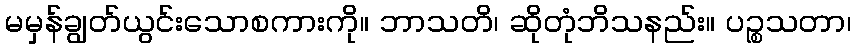
မမှန်ချွတ်ယွင်းသောစကားကို။ ဘာသတိ၊ ဆိုတုံဘိသနည်း။ ပဉ္စသတာ၊